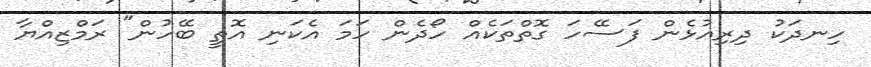
ހިނދަކު ދިރިއުޅެން ފަސޭހަ ގޮތްތަކެއް ހޯދެން ހަމަ އެކަނި އޮތީ ބޭހުން" ރަމްޒިއްޔާ